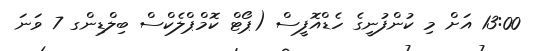
13:00 އަށް މި ކުންފުނީގެ ހެޑްއޮފީސް (ޕޯޓް ކޮމްޕްލެކްސް ބިލްޑިންގ 7 ވަނަ